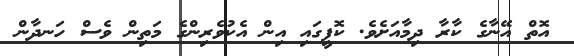
އޮތް އޭނާގެ ކާރާ ދިމާއަށެވެ. ކޮފީގައި އިން އެކުވެރިންގެ މަތިން ވެސް ހަނދާން